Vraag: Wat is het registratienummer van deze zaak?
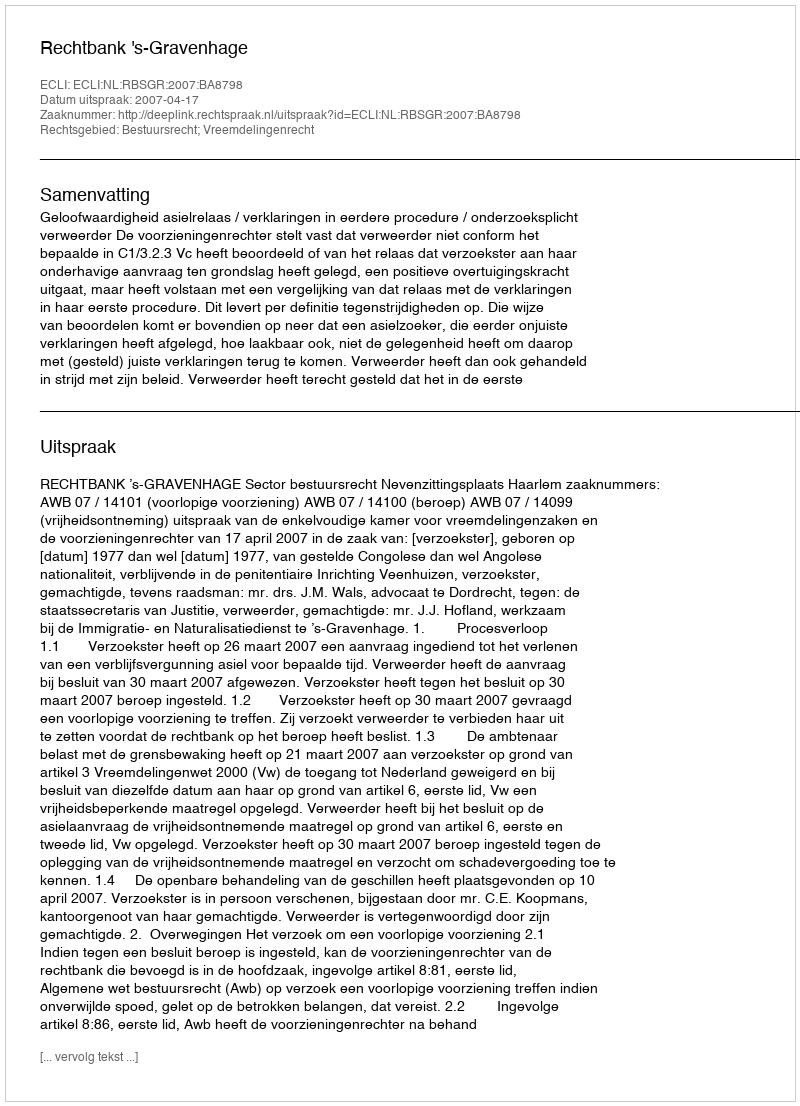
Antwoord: http://deeplink.rechtspraak.nl/uitspraak?id=ECLI:NL:RBSGR:2007:BA8798